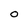
Character: O